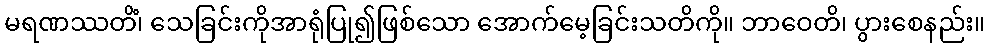
မရဏဿတိံ၊ သေခြင်းကိုအာရုံပြု၍ဖြစ်သော အောက်မေ့ခြင်းသတိကို။ ဘာဝေတိ၊ ပွားစေနည်း။